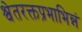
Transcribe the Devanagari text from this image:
श्वेतरक्तप्रभाभिन्नं